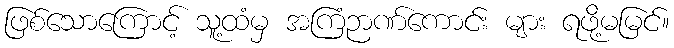
ဖြစ်သောကြောင့် သူ့ထံမှ အကြံဉာဏ်ကောင်း များ ရဖို့မမြင်။